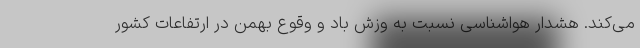
می‌کند. هشدار هواشناسی نسبت به وزش باد و وقوع بهمن در ارتفاعات کشور